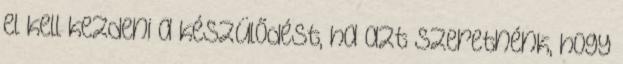
el kell kezdeni a készülődést, ha azt szeretnénk, hogy